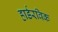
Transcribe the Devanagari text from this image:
हार्डरविक